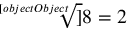
{ \sqrt [ [object Object] ] { 8 } } = 2